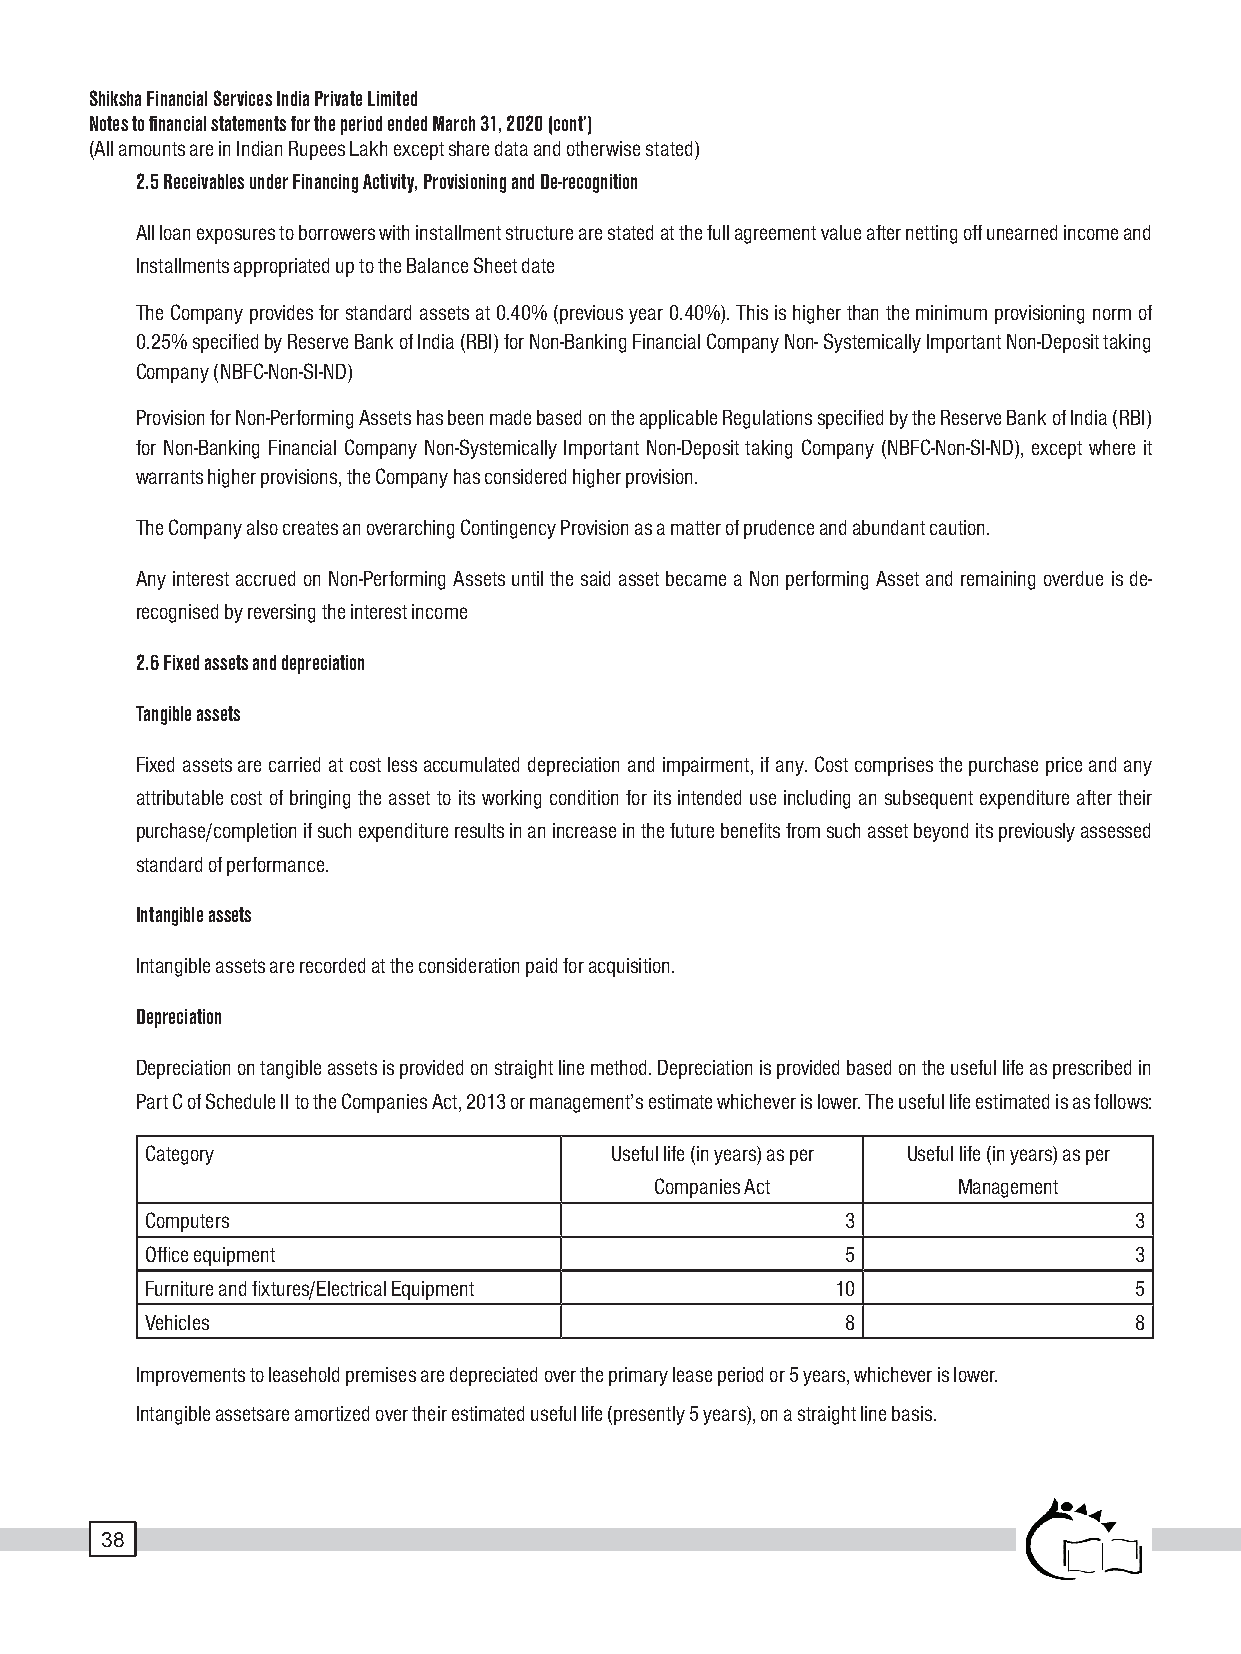
Shiksha Financial Services India Private Limited
 Notes to financial statements for the period ended March 31, 2020 (cont’)
 (All amounts are in Indian Rupees Lakh except share data and otherwise stated)
 2.5 Receivables under Financing Activity, Provisioning and De-recognition
 All loan exposures to borrowers with installment structure are stated at the full agreement value after netting off unearned income and
 Installments appropriated up to the Balance Sheet date
 The Company provides for standard assets at 0.40% (previous year 0.40%). This is higher than the minimum provisioning norm of
 0.25% specified by Reserve Bank of India (RBI) for Non-Banking Financial Company Non- Systemically Important Non-Deposit taking
 Company (NBFC-Non-SI-ND)
 Provision for Non-Performing Assets has been made based on the applicable Regulations specified by the Reserve Bank of India (RBI)
 for Non-Banking Financial Company Non-Systemically Important Non-Deposit taking Company (NBFC-Non-SI-ND), except where it
 warrants higher provisions, the Company has considered higher provision.
 The Company also creates an overarching Contingency Provision as a matter of prudence and abundant caution.
 Any interest accrued on Non-Performing Assets until the said asset became a Non performing Asset and remaining overdue is de-
 recognised by reversing the interest income
 2.6 Fixed assets and depreciation
 Tangible assets
 Fixed assets are carried at cost less accumulated depreciation and impairment, if any. Cost comprises the purchase price and any
 attributable cost of bringing the asset to its working condition for its intended use including an subsequent expenditure after their
 purchase/completion if such expenditure results in an increase in the future benefits from such asset beyond its previously assessed
 standard of performance.
 Intangible assets
 Intangible assets are recorded at the consideration paid for acquisition.
 Depreciation
 Depreciation on tangible assets is provided on straight line method. Depreciation is provided based on the useful life as prescribed in
 Part C of Schedule II to the Companies Act, 2013 or management’s estimate whichever is lower. The useful life estimated is as follows:
 Category                      Useful life (in years) as per Useful life (in years) as per
 Companies Act       Management
 Computers                                     3                  3
 Office equipment                              5                  3
 Furniture and fixtures/Electrical Equipment  10                  5
 Vehicles                                      8                  8
 Improvements to leasehold premises are depreciated over the primary lease period or 5 years, whichever is lower.
 Intangible assetsare amortized over their estimated useful life (presently 5 years), on a straight line basis.
 38